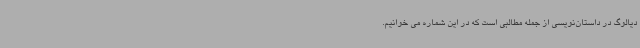
دیالوگ در داستان‌نویسی از جمله مطالبی است که در این شماره می خوانیم.